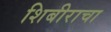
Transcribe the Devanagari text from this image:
शिबीराचा